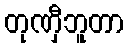
တုဏှီဘူတာ